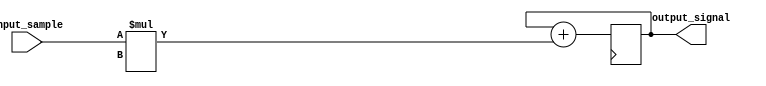
module accumulator (
    input wire [7:0] input_sample,
    output reg [15:0] output_signal
);

reg [15:0] accumulator_reg;

always @ (posedge clock) begin
    accumulator_reg <= accumulator_reg + (input_sample * coefficient);
end

assign output_signal = accumulator_reg;

endmodule